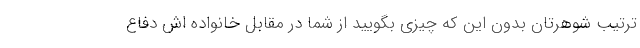
ترتیب شوهرتان بدون این که چیزی بگویید از شما در مقابل خانواده اش دفاع